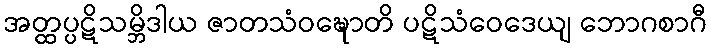
အတ္ထပ္ပဋိသမ္ဘိဒါယ ဇာတသံဝဍ္ဎောတိ ပဋိသံဝေဒေယျ ဘောဂစာဂီ